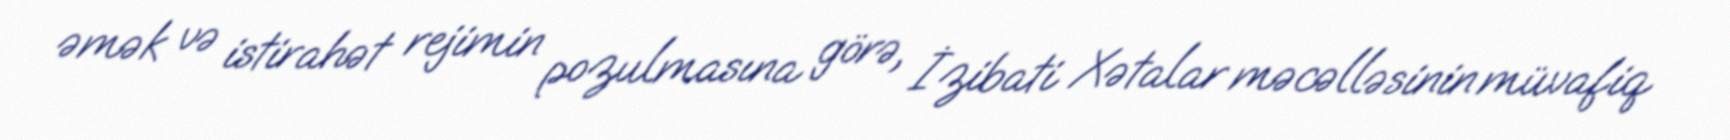
əmək və istirahət rejimin pozulmasına görə, İzibati Xətalar məcəlləsinin müvafiq